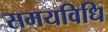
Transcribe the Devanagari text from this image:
समयविधि